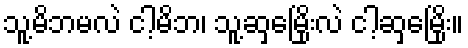
သူ့မိဘမလဲ ငါ့မိဘ၊ သူ့ဆှမြေိုးလဲ ငါ့ဆှမြေိုး။